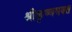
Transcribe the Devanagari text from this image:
श्रीकृष्णभक्त